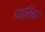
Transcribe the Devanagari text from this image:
यंत्रिक